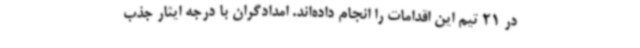
در 21 تیم این اقدامات را انجام داده‌اند. امدادگران با درجه ایثار جذب